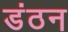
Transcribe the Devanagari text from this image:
डंठन